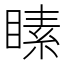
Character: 𪾵